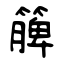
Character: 簲